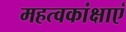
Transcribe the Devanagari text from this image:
महत्वकांक्षाएं